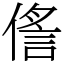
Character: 㑾